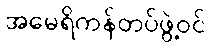
အမေရိကန်တပ်ဖွဲ့ဝင်